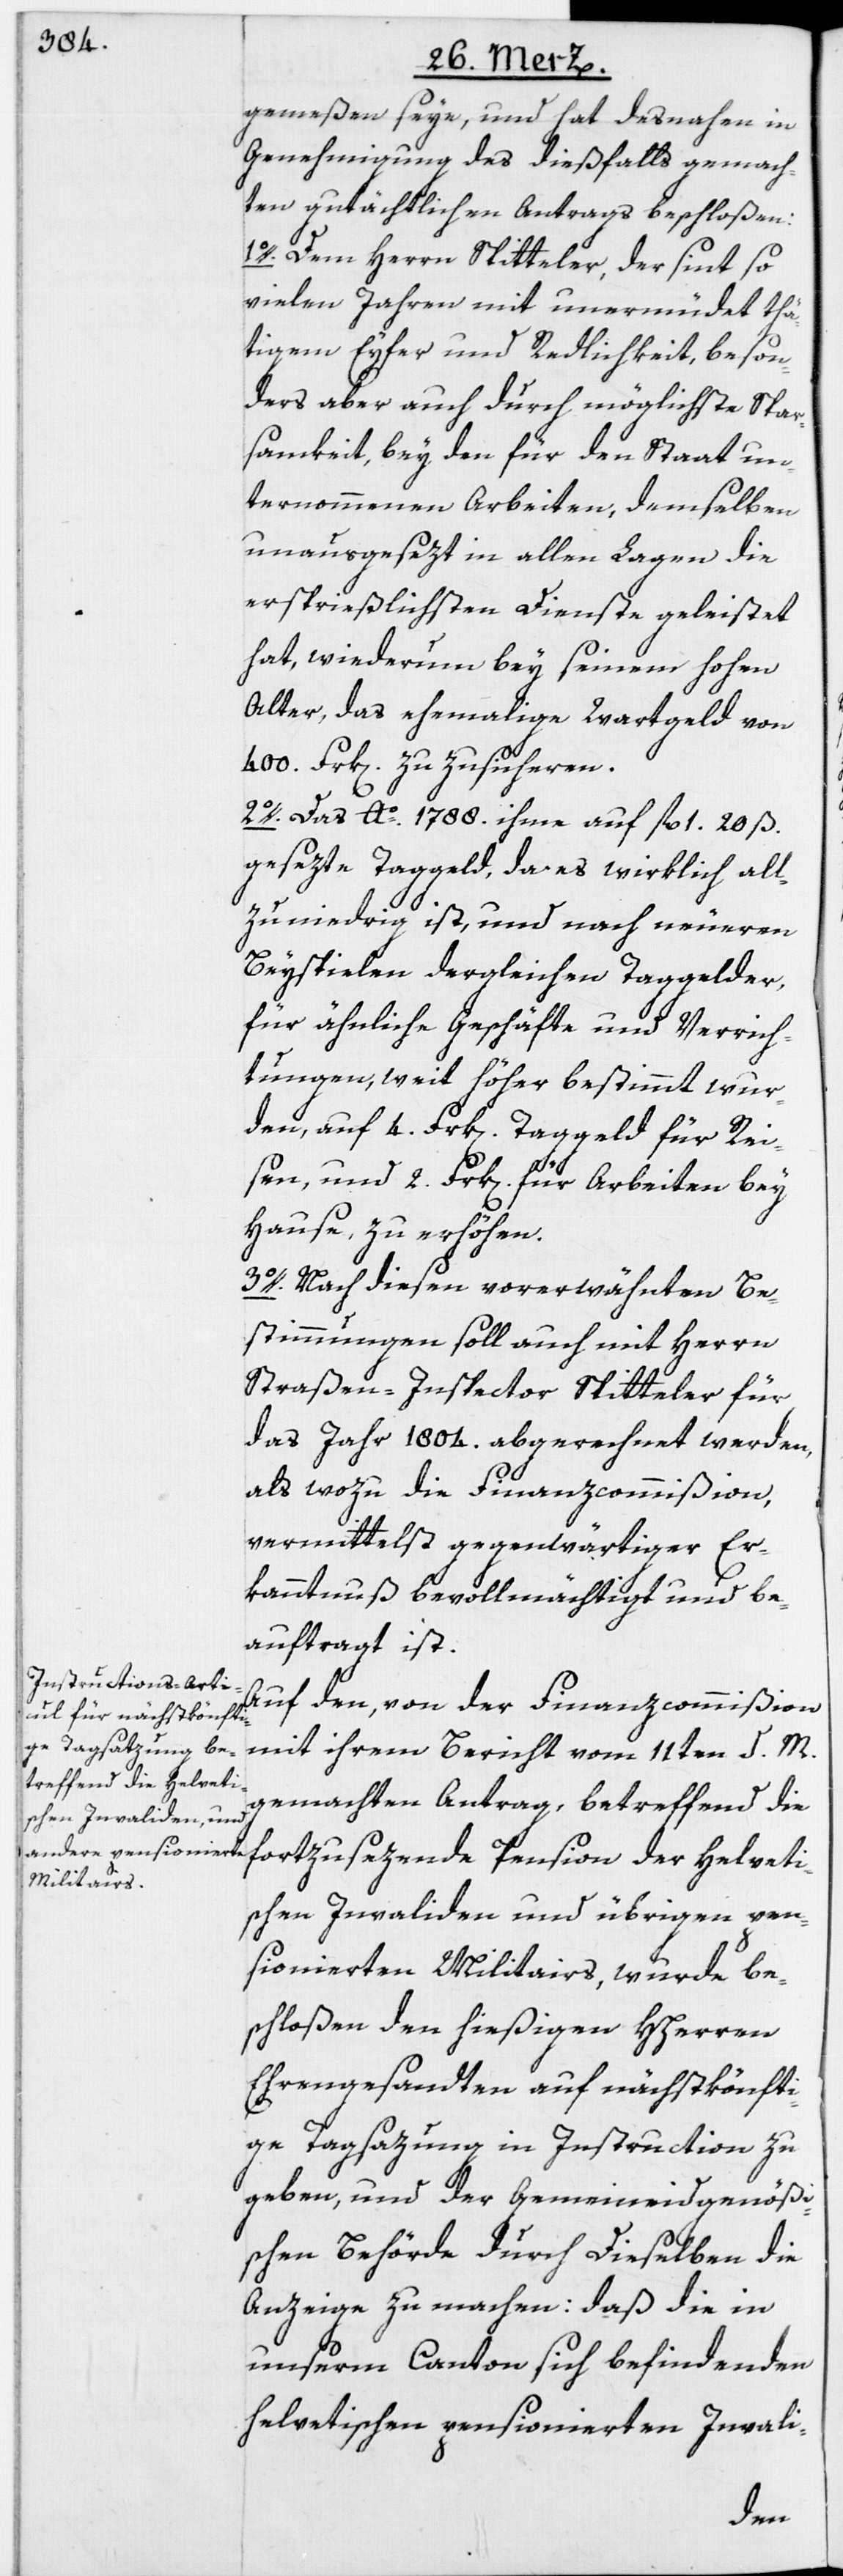
gemeßen seye, und hat desnahen in
Genehmigung des dießfalls gemach¬
ten gutächtlichen Antrags beschloßen:
1o. Dem Herrn Spitteler, der sint so
vielen Jahren mit unermüdet thä¬
tigem Eyfer und Redlichkeit, beson¬
ders aber auch durch möglichste Spar¬
samkeit, bey den für den Staat un¬
ternommenen Arbeiten, demselben
unausgesezt in allen Lagen die
ersprießlichsten Dienste geleistet
hat, wiederum bey seinem hohen
Alter, das ehemalige Wartgeld von
400 Frk[en]. zu zusicheren.
2o. Das Ao. 1788. ihme auf fl. 1. 20 ß.
gesezte Taggeld, da es wirklich all¬
zu niedrig ist, und nach neueren
Beyspielen dergleichen Taggelder,
für ähnliche Geschäfte und Verrich¬
tungen, weit höher bestimmt wur¬
den, auf 4. Frk[en]. Taggeld für Rei¬
sen, und 2. Frk[en]. für Arbeiten bey
Hause, zu erhöhen.
3o. Nach diesen vorerwähnten Be¬
stimmungen soll auch mit Herrn
Straßen-Inspector Spitteler für
das Jahr 1804. abgerechnet werden,
als wozu die Finanzcommißion,
vermittelst gegenwärtiger Er¬
kanntnuß bevollmächtigt und be¬
auftragt ist.
Auf den, von der Finanzcommißion
mit ihrem Bericht vom 11ten d. M.
gemachten Antrag, betreffend die
fortzusezende Pension der Helveti¬
schen Invaliden und übrigen pen¬
sionierten Militairs, wurde be¬
schloßen den hießigen Hherren
Ehrengesandten auf nächstkönfti¬
ge Tagsazung in Instruction zu
geben, und der Gemeineidgenößi¬
schen Behörde durch Dieselben die
Anzeige zu machen: daß die in
unserm Canton sich befindenden
helvetischen pensionierten Invali-